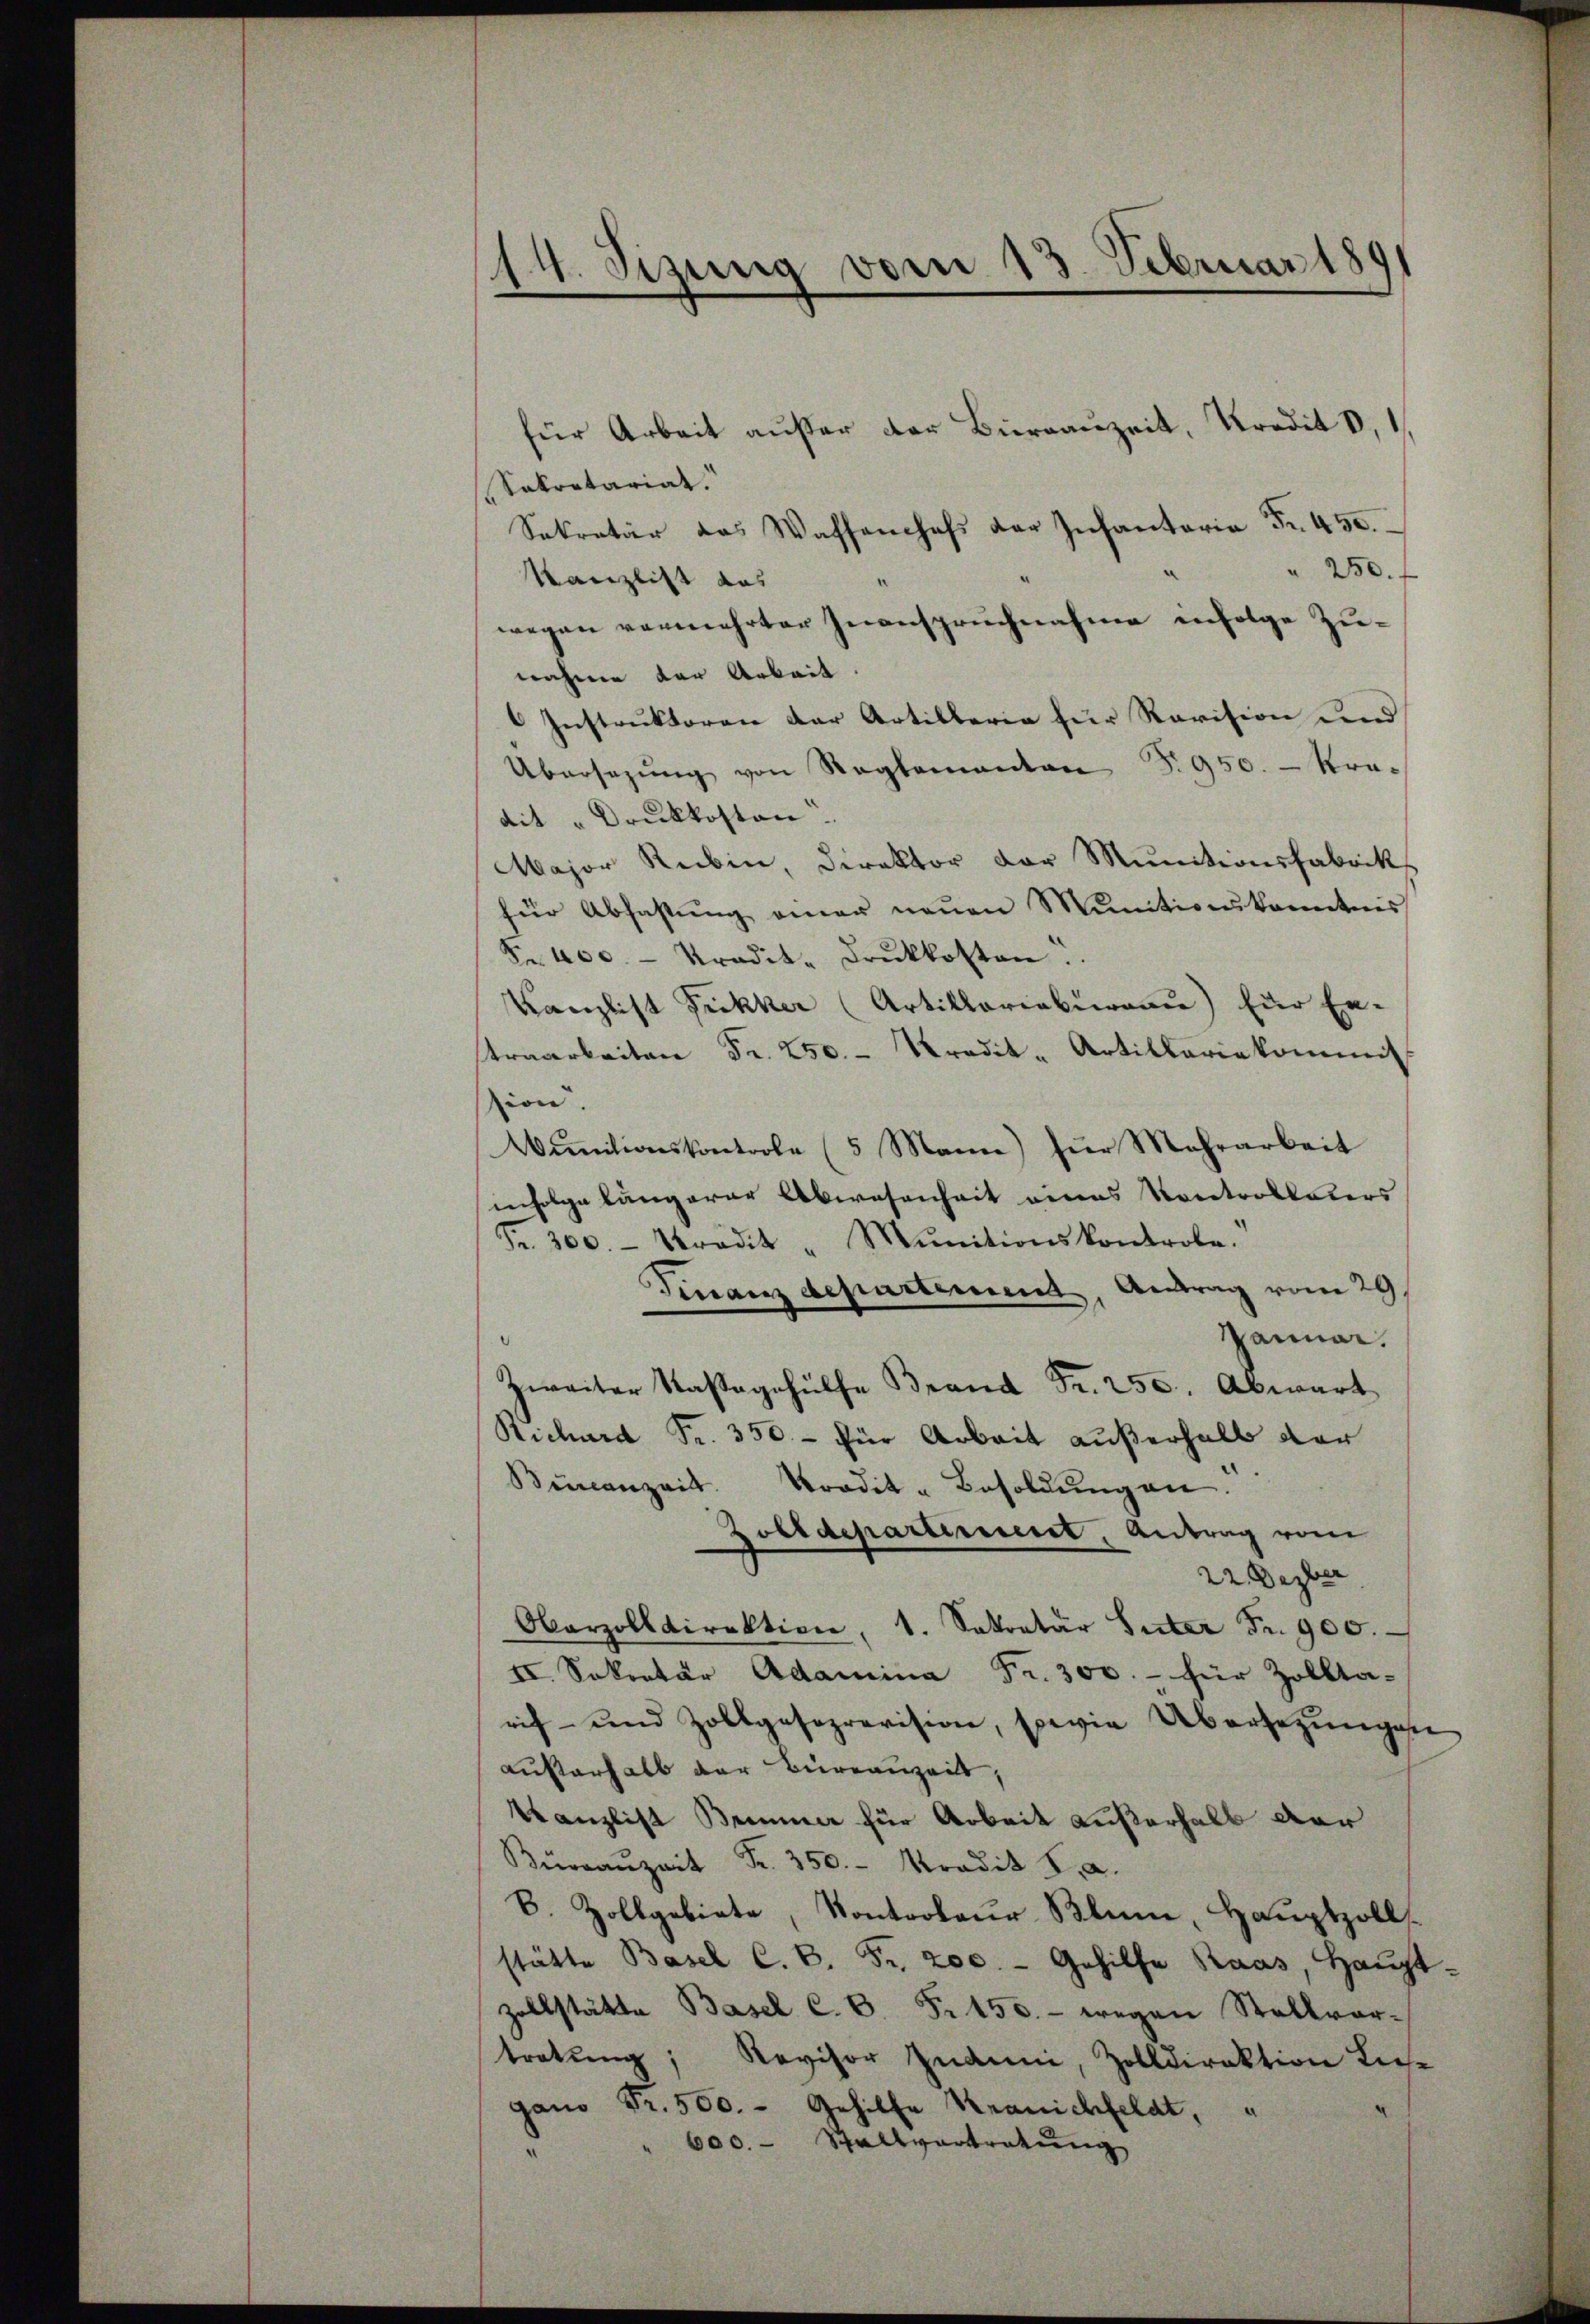
.
14. Sizung vom 15. Februar 180

für Arbeit aŭβer der Büreaŭzeit, Kredit 0,1
Sekretariat.
Sekretär das Waffenhofs der Infantaria Fr. 450.
" 250.
Kanzlist das
wegen vermehrter Inanspruchnahme infolge Zunahme der Arbeit.
Instruktoren der Artillerie für Revision und
Übersezŭng von Reglementen S. 950. - Kra-
dit " Druckkosten.
Major Rubin, Direktor der Munitionsfabrik
für Abhastŭng einer neŭen Munition kanntnis
Fr. 400. - Kradit. drŭkkosten.
Kanzlist Fickker (Artillariation) für En-
traarbeiten Fr. 250. Kredit-Artillariekommis
ion
Wunitionskontrole (5 Mann) für Mehrarbeit
infolge längerer Abwesenheit eines Kontrollaters
Fr. 300.- Stradit "Mŭnitionskontrole.
Finanzdepartement, Antrag vom 29.
Januar.
Zweiter Kastagehülfe Brand Fr. 250. Abwart
Richard Fr. 350.- für Arbeit außerhalb der
Beinanzeit. Tradit-Besoldŭngen.
Zoerdepartement, Antrag vom
22. Dezber
Obarzolldirektion, 1. Sekretär Suter Fr. 900.
II. Sekretär Adamina Fr. 300.- für Zolkta-
rif- und Zollgeseprevision, sowie Übersezŭngen
Außerhalb der Büreauzeit,
Kanzlist Brenner für Arbeit außerhalb der
Büraŭzeit Fr. 350. Kredit 8. a.
B. Zollgebiete, Kontroleur Blum, Hauptzoll
stätte Basel C. B. Fr. 200.- Gehilfe Raas, Haŭpt-
zollstätte Basel C. B. Fr. 150.- wegen Stellvortretung; Revisor Induni, Zolldirektion Liese
gano Fr. 500.- Gehilfe Kranchfeldt,
600. Stallvertratung